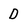
Character: D